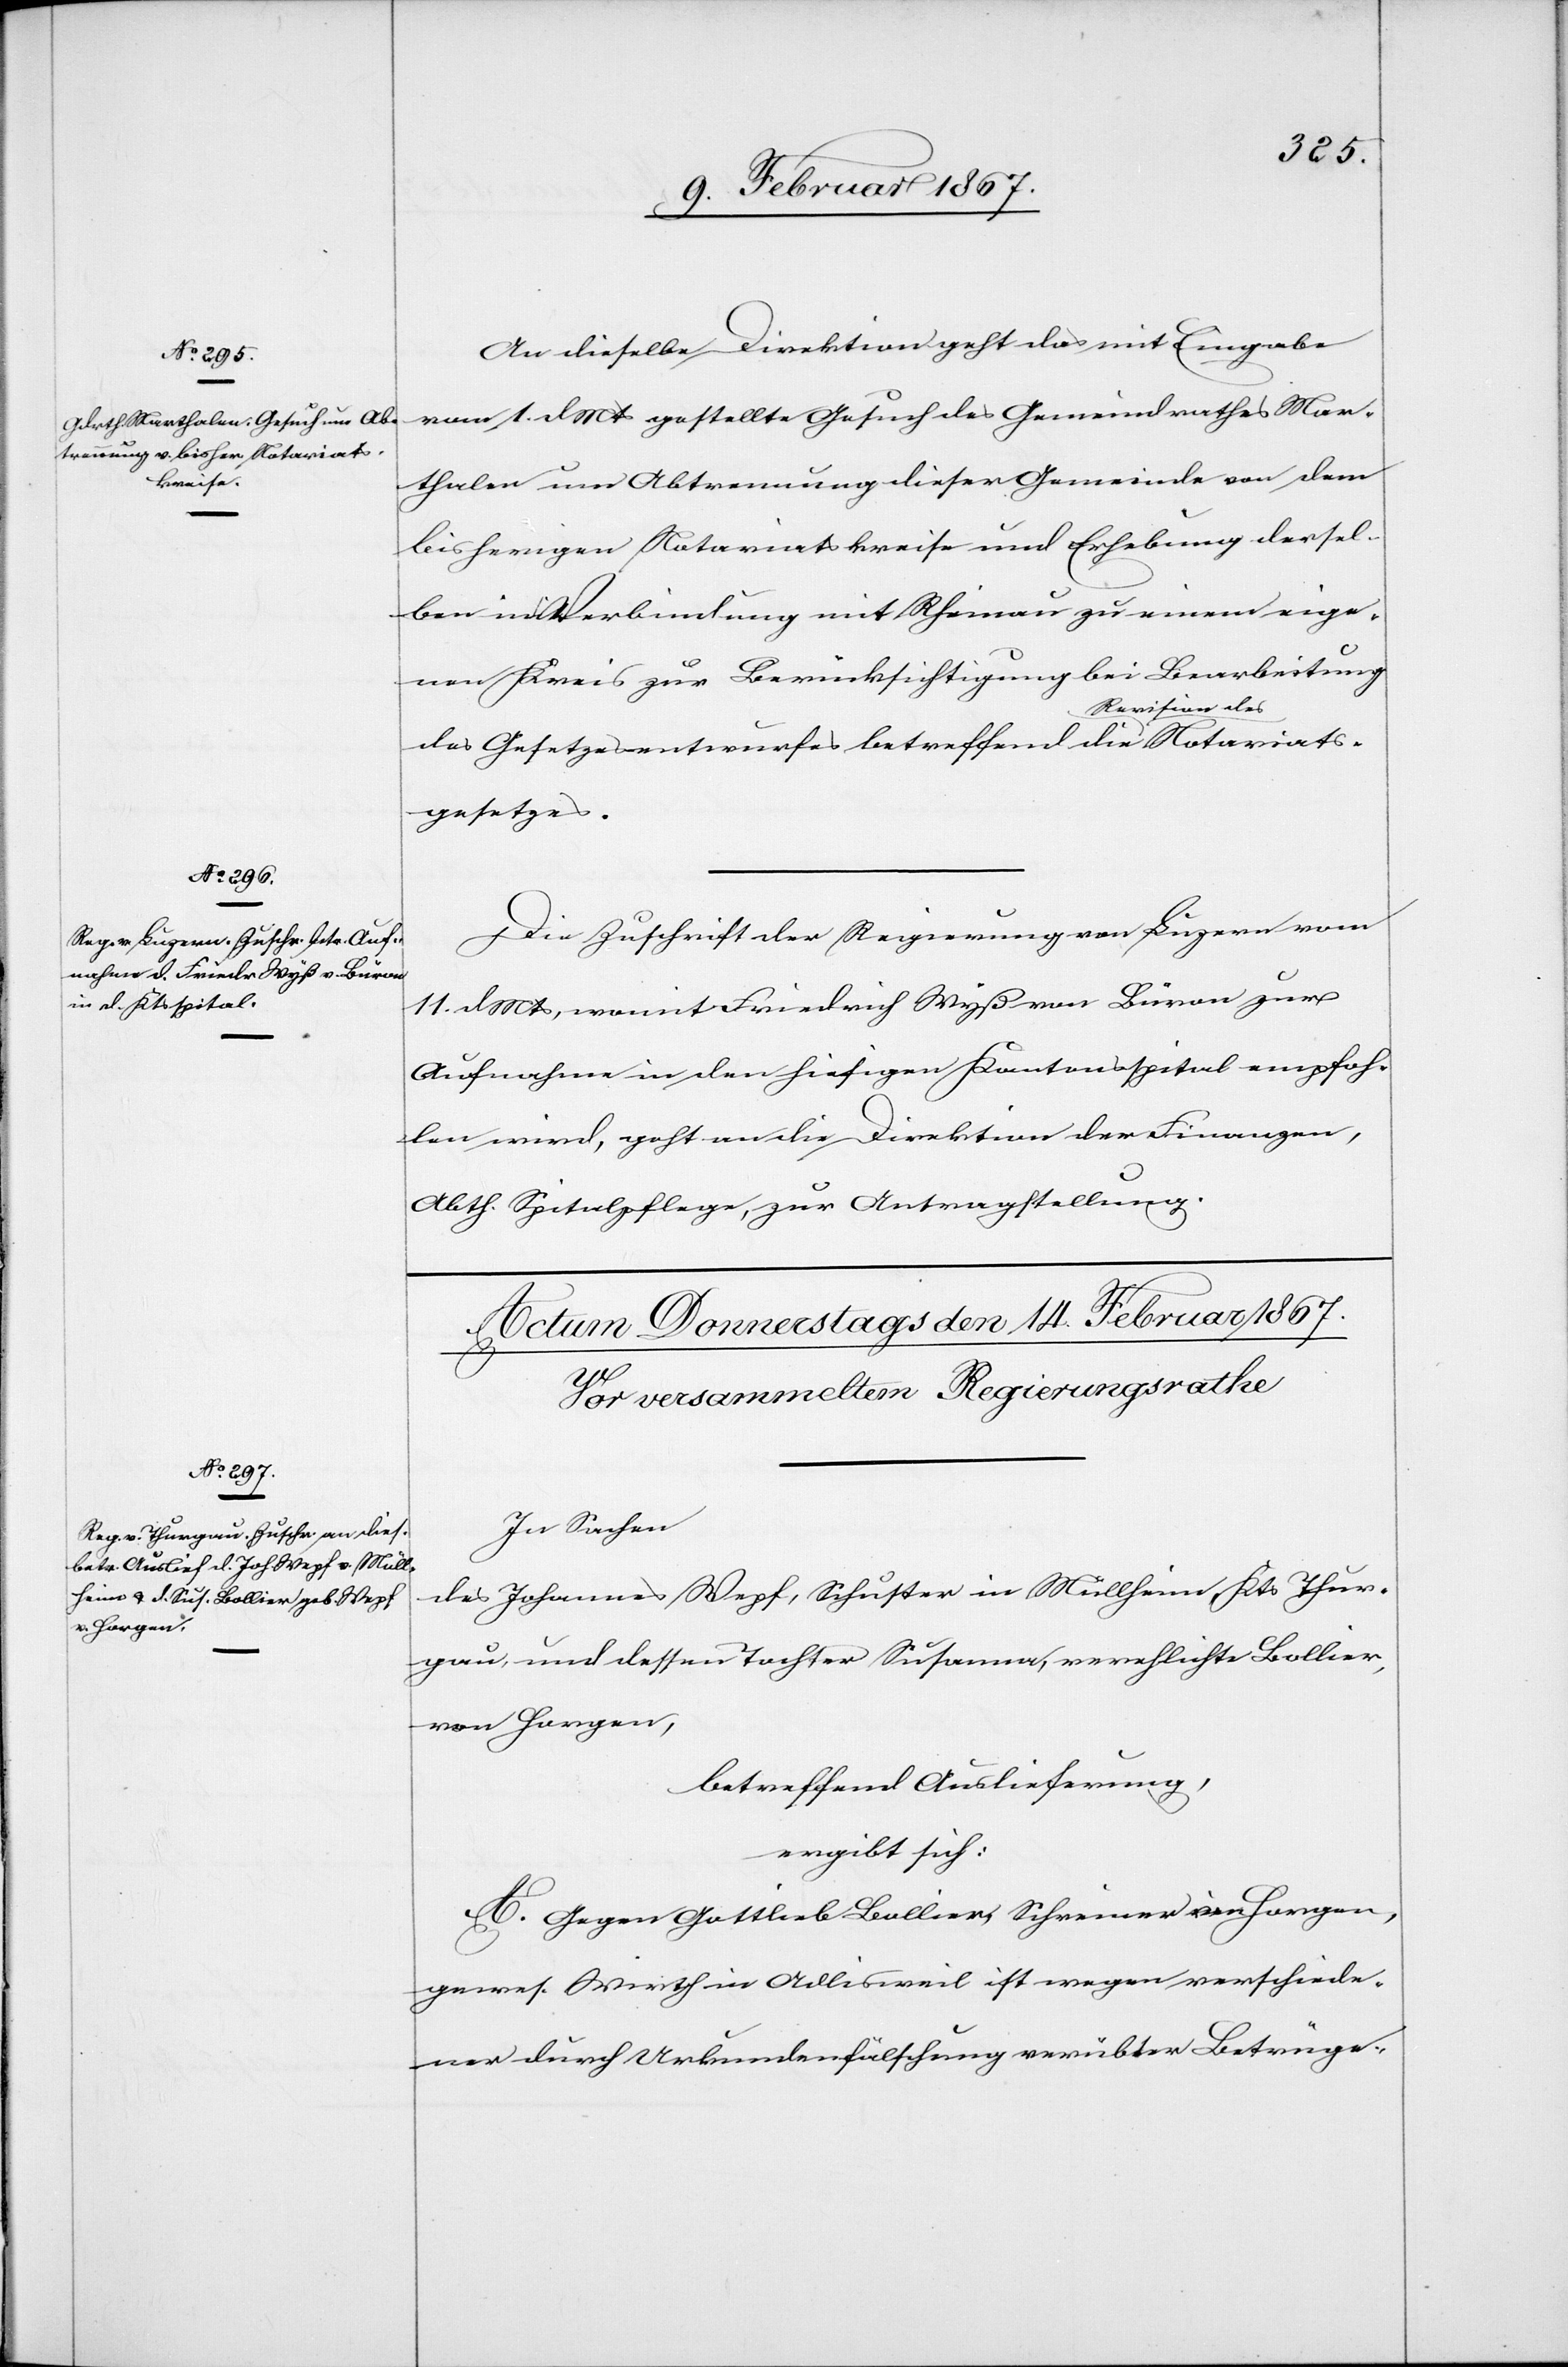
13. Februar 1867.]
An dieselbe Direktion geht das mit Eingabe
vom 1. d. Mts gestellte Gesuch des Gemeindrathes Mar¬
thalen um Abtrennung dieser Gemeinde von dem
bisherigen Notariatskreise und Erhebung dersel¬
ben in Verbindung mit Rheinau zu einem eige¬
nen Kreis zur Berücksichtigung bei Bearbeitung
des Gesetzesentwurfes betreffend die Revision des Notariats¬
gesetzes.
Die Zuschrift der Regierung von Luzern vom
11. d. Mts, womit Friedrich Wyß von Büron zur
Aufnahme in den hiesigen Kantonsspital empfoh¬
len wird, geht an die Direktion der Finanzen,
Abth. Spitalpflege, zur Antragstellung.
In Sachen
des Johannes Wepf, Schuster in Müllheim, Kts Thur¬
gau, und dessen Tochter Susanna, verehlichte Bollier,
von Horgen,
betreffend Auslieferung,
ergibt sich:
A. Gegen Gottlieb Bollier, Schreiner in Horgen,
gewes. Wirth in Adlisweil ist wegen verschiede¬
ner durch Urkundenfälschung verübter Betrüge-